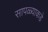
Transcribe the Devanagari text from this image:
सापळ्याकडे